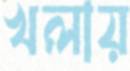
খলায়